Document type: Anniversary endowment
Year: 1486
Scribe: Bartomeu Masons
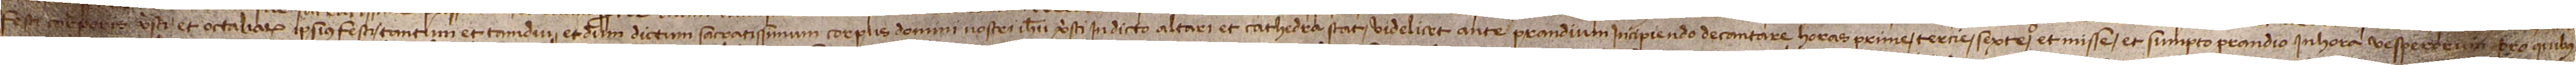
festi Corporis Christi et octaliarum ipsius festi, tantum et tamdiu et dum dictum sacratissimum Corpus Domini Nostri Inesu Christi in dicto altari et cathedra stat, videlicet, ante prandium incipiendo decantare horas prime, tercie, sexte et misse, et sumpto prandio in hora vesperorum. Pro quibus